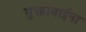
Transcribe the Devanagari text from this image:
मुक्ताबाईना